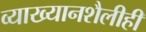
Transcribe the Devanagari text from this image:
व्याख्यानशैलीही